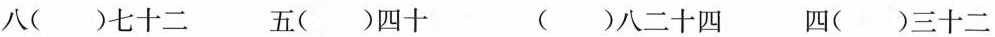
八()七十二 五()四十 ()八二十四 四()三十二